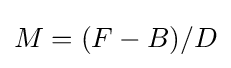
M=(F-B)/D